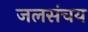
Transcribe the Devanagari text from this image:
जलसंचय